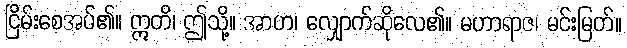
ငြိမ်းစေအပ်၏။ ဣတိ၊ ဤသို့။ အာဟ၊ လျှောက်ဆိုလေ၏။ မဟာရာဇ၊ မင်းမြတ်။